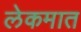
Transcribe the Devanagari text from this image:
लेकमात